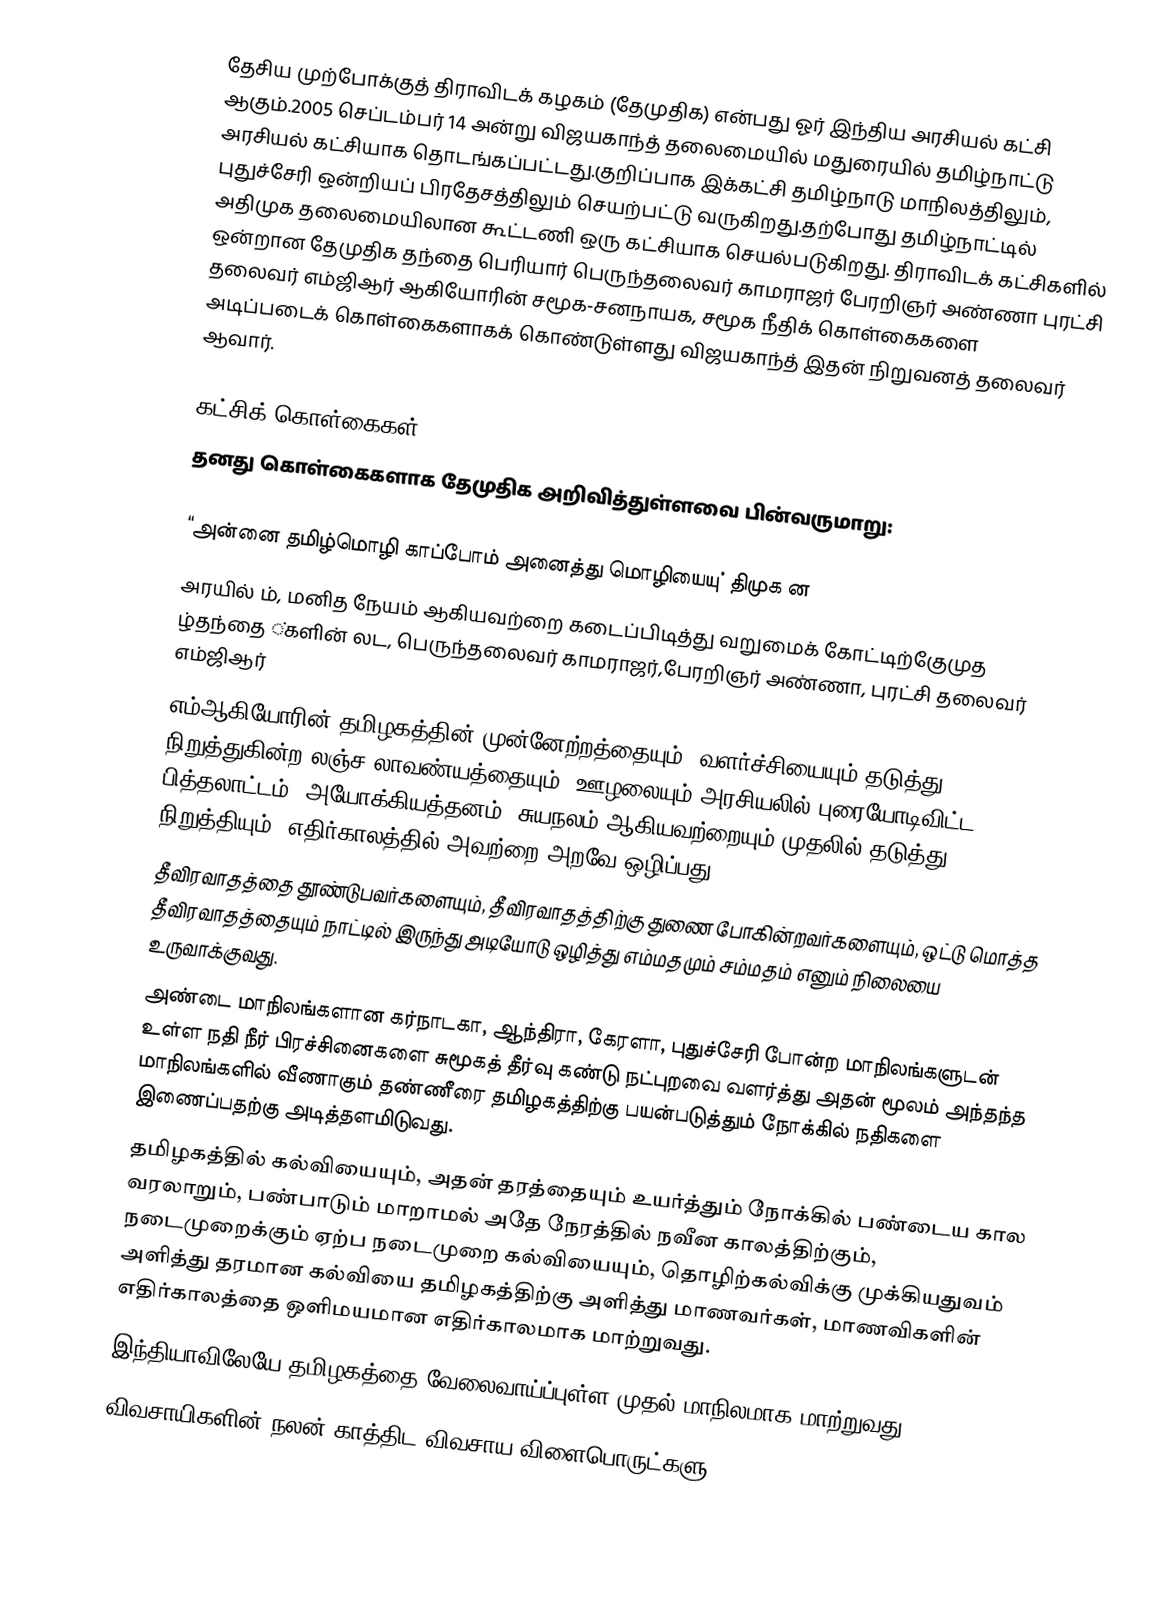
தேசிய முற்போக்குத் திராவிடக் கழகம் (தேமுதிக) என்பது ஓர் இந்திய அரசியல் கட்சி ஆகும்.2005 செப்டம்பர் 14 அன்று விஜயகாந்த் தலைமையில் மதுரையில்  தமிழ்நாட்டு அரசியல் கட்சியாக தொடங்கப்பட்டது.குறிப்பாக இக்கட்சி தமிழ்நாடு மாநிலத்திலும், புதுச்சேரி ஒன்றியப் பிரதேசத்திலும் செயற்பட்டு வருகிறது.தற்போது தமிழ்நாட்டில் அதிமுக தலைமையிலான கூட்டணி ஒரு கட்சியாக செயல்படுகிறது. திராவிடக் கட்சிகளில் ஒன்றான தேமுதிக தந்தை பெரியார் பெருந்தலைவர் காமராஜர் பேரறிஞர் அண்ணா புரட்சி தலைவர் எம்ஜிஆர் ஆகியோரின் சமூக-சனநாயக, சமூக நீதிக் கொள்கைகளை அடிப்படைக் கொள்கைகளாகக் கொண்டுள்ளது  விஜயகாந்த் இதன் நிறுவனத் தலைவர் ஆவார்.

கட்சிக் கொள்கைகள்
தனது கொள்கைகளாக தேமுதிக அறிவித்துள்ளவை பின்வருமாறு:

 “அன்னை தமிழ்மொழி காப்போம் அனைத்து மொழியையு்  திமுக ன
 அரயில் ம், மனித நேயம் ஆகியவற்றை கடைப்பிடித்து வறுமைக் கோட்டிற்குேமுத ழ்தந்தை ்களின் லட, பெருந்தலைவர் காமராஜர்,பேரறிஞர் அண்ணா, புரட்சி தலைவர் எம்ஜிஆர்
 எம்ஆகியோரின்  தமிழகத்தின் முன்னேற்றத்தையும், வளர்ச்சியையும் தடுத்து நிறுத்துகின்ற லஞ்ச லாவண்யத்தையும், ஊழலையும் அரசியலில் புரையோடிவிட்ட பித்தலாட்டம், அயோக்கியத்தனம், சுயநலம் ஆகியவற்றையும் முதலில் தடுத்து நிறுத்தியும், எதிர்காலத்தில் அவற்றை அறவே ஒழிப்பது.
 தீவிரவாதத்தை தூண்டுபவர்களையும், தீவிரவாதத்திற்கு துணை போகின்றவர்களையும், ஒட்டு மொத்த தீவிரவாதத்தையும் நாட்டில் இருந்து அடியோடு ஒழித்து எம்மதமும் சம்மதம் எனும் நிலையை உருவாக்குவது.
 அண்டை மாநிலங்களான கர்நாடகா, ஆந்திரா, கேரளா, புதுச்சேரி போன்ற மாநிலங்களுடன் உள்ள நதி நீர் பிரச்சினைகளை சுமூகத் தீர்வு கண்டு நட்புறவை வளர்த்து அதன் மூலம் அந்தந்த மாநிலங்களில் வீணாகும் தண்ணீரை தமிழகத்திற்கு பயன்படுத்தும் நோக்கில் நதிகளை இணைப்பதற்கு அடித்தளமிடுவது.
 தமிழகத்தில் கல்வியையும், அதன் தரத்தையும் உயர்த்தும் நோக்கில் பண்டைய கால வரலாறும், பண்பாடும் மாறாமல் அதே நேரத்தில் நவீன காலத்திற்கும், நடைமுறைக்கும் ஏற்ப நடைமுறை கல்வியையும், தொழிற்கல்விக்கு முக்கியதுவம் அளித்து தரமான கல்வியை தமிழகத்திற்கு அளித்து மாணவர்கள், மாணவிகளின் எதிர்காலத்தை ஒளிமயமான எதிர்காலமாக மாற்றுவது.
 இந்தியாவிலேயே தமிழகத்தை வேலைவாய்ப்புள்ள முதல் மாநிலமாக மாற்றுவது.
 விவசாயிகளின் நலன் காத்திட விவசாய விளைபொருட்களு